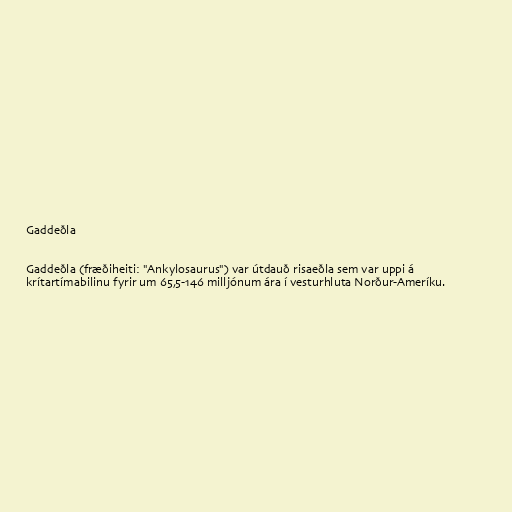
Gaddeðla

Gaddeðla (fræðiheiti: "Ankylosaurus") var útdauð risaeðla sem var uppi á
krítartímabilinu fyrir um 65,5-146 milljónum ára í vesturhluta Norður-Ameríku.